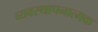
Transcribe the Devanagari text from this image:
व्यवस्थापनात्मक